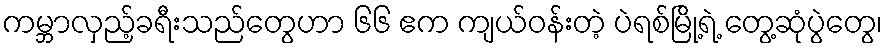
ကမ္ဘာလှည့်ခရီးသည်တွေဟာ ၆၆ ဧက ကျယ်ဝန်းတဲ့ ပဲရစ်မြို့ရဲ့ တွေ့ဆုံပွဲတွေ၊